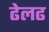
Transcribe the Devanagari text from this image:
ढेलढ